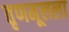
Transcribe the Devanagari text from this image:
तृणमूलला